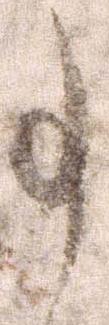
事